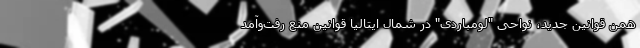
همن قوانین جدید، نواحی "لومباردی" در شمال ایتالیا قوانین منع رفت‌و‌آمد